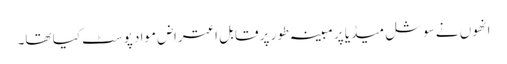
انھوں نے سوشل میڈیا پر مبینہ طور پر قابل اعتراض مواد پوسٹ کیا تھا۔